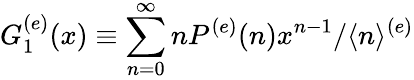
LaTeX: G_{1}^{(e)}(x)\equiv\sum_{n=0}^{\infty}nP^{(e)}(n)x^{n-1}/\langle n\rangle^{(e)}